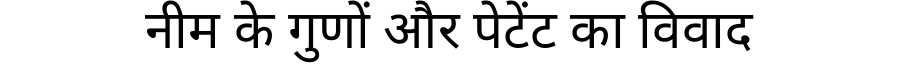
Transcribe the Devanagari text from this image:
नीम के गुणों और पेटेंट का विवाद